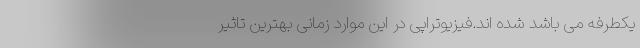
یکطرفه می باشد شده اند.فیزیوتراپی در این موارد زمانی بهترین تاثیر